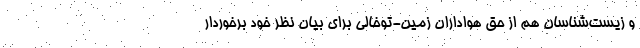
و زیست‌شناسان هم از حق هواداران زمین-توخالی برای بیان نظر خود برخوردار